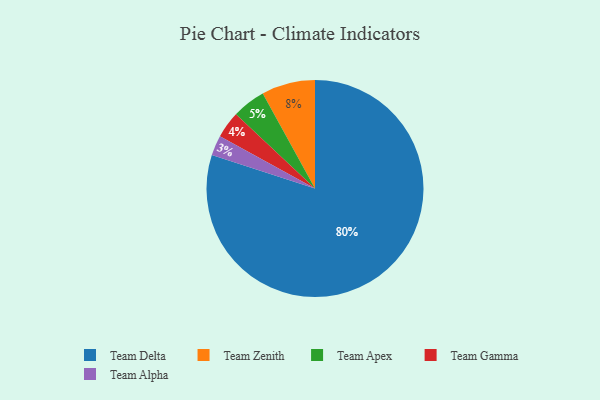
{"axis": {"x": "Category", "y": "Percentage"}, "legend": ["Team Alpha", "Team Apex", "Team Delta", "Team Gamma", "Team Zenith"], "data": [{"x": "Team Delta", "y": 80, "type": "Team Delta"}, {"x": "Team Apex", "y": 5, "type": "Team Apex"}, {"x": "Team Gamma", "y": 4, "type": "Team Gamma"}, {"x": "Team Zenith", "y": 8, "type": "Team Zenith"}, {"x": "Team Alpha", "y": 3, "type": "Team Alpha"}]}